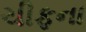
ચીફના